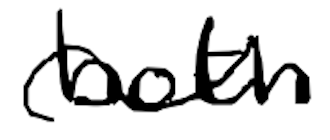
Text: both
Cross-out: wave
Writing tool: digital_black